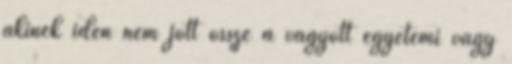
akinek idén nem jött össze a vágyott egyetemi vagy